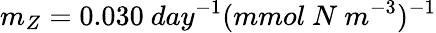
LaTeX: m_{Z}=0.030~day^{-1}(mmol~N~m^{-3})^{-1}